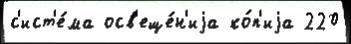
с'ист'е́ма осв'еще́н'иjа ко́п'иjа 220